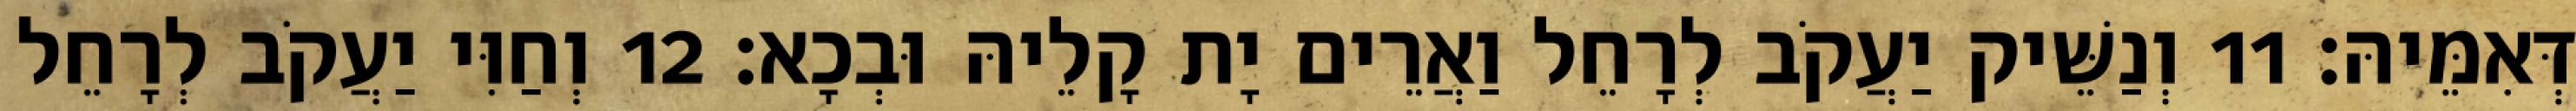
דְּאִמֵּיהּ׃ 11 וְנַשֵּׁיק יַעֲקֹב לְרָחֵל וַאֲרֵים יָת קָלֵיהּ וּבְכָא׃ 12 וְחַוִּי יַעֲקֹב לְרָחֵל